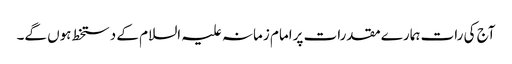
آج کی رات ہمارے مقدرات پرامام زمانہ علیہ السلام کے دستخط ہوں گے۔